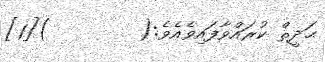
ޙަދީޘް ކުރައްވާފައިވެއެވެ:(        )[1]